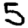
Digit: 5